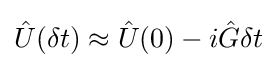
{\hat {U}}(\delta t)\approx {\hat {U}}(0)-i{\hat {G}}\delta t